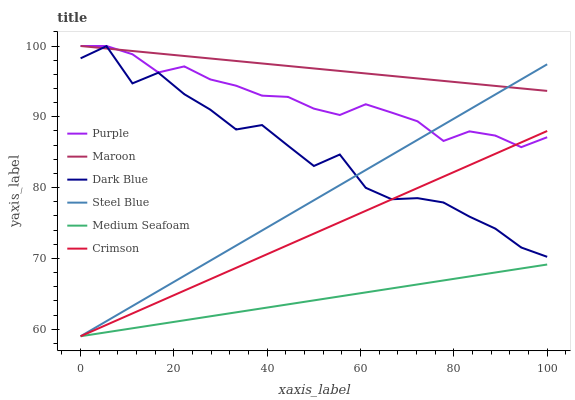
| xaxis_label | Purple | Maroon | Dark Blue | Steel Blue | Medium Seafoam | Crimson |
 | --- | --- | --- | --- | --- | --- | --- |
 | 0 | 100 | 100 | 98.3 | 59 | 59 | 59 |
 | 5.56 | 100 | 99.6 | 100 | 61.1 | 59.6 | 60.6 |
 | 11.1 | 98.8 | 99.3 | 94.7 | 63.3 | 60.1 | 62.2 |
 | 16.7 | 96.3 | 98.9 | 96.2 | 65.4 | 60.7 | 63.8 |
 | 22.2 | 97.1 | 98.6 | 93.2 | 67.5 | 61.3 | 65.4 |
 | 27.8 | 95.3 | 98.2 | 91 | 69.7 | 61.8 | 67.1 |
 | 33.3 | 94.4 | 97.9 | 88.2 | 71.8 | 62.4 | 68.7 |
 | 38.9 | 93 | 97.5 | 88.8 | 73.9 | 62.9 | 70.3 |
 | 44.4 | 92.8 | 97.2 | 85.9 | 76.1 | 63.5 | 71.9 |
 | 50 | 91.2 | 96.8 | 83.1 | 78.2 | 64.1 | 73.5 |
 | 55.6 | 90.3 | 96.5 | 84.7 | 80.3 | 64.6 | 75.1 |
 | 61.1 | 91.8 | 96.1 | 80 | 82.5 | 65.2 | 76.7 |
 | 66.7 | 90.6 | 95.8 | 78.4 | 84.6 | 65.8 | 78.3 |
 | 72.2 | 89.4 | 95.4 | 78.5 | 86.7 | 66.3 | 79.9 |
 | 77.8 | 86.6 | 95.1 | 77.9 | 88.9 | 66.9 | 81.6 |
 | 83.3 | 87.9 | 94.7 | 75.9 | 91 | 67.4 | 83.2 |
 | 88.9 | 87.3 | 94.4 | 74.2 | 93.1 | 68 | 84.8 |
 | 94.4 | 85.7 | 94 | 71.5 | 95.3 | 68.6 | 86.4 |
 | 100 | 87.1 | 93.7 | 70.2 | 97.4 | 69.1 | 88 |